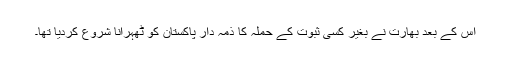
اس کے بعد بھارت نے بغیر کسی ثبوت کے حملہ کا ذمہ دار پاکستان کو ٹھہرانا شروع کردیا تھا۔